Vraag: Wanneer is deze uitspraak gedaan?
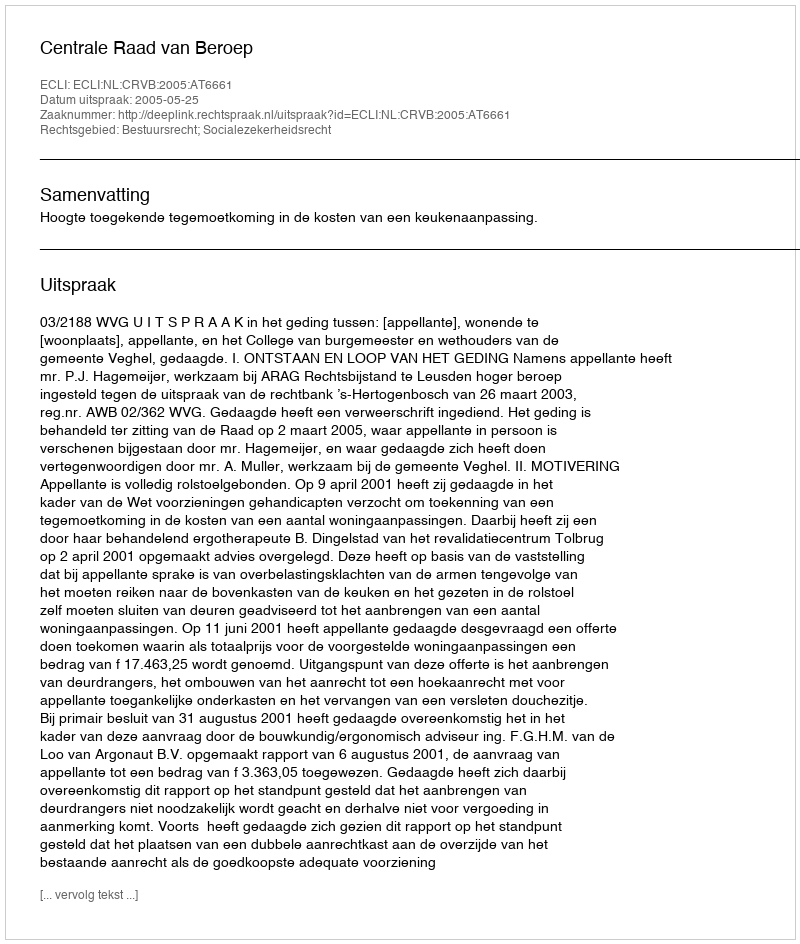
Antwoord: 2005-05-25